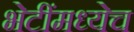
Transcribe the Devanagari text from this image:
भेटींमध्येच